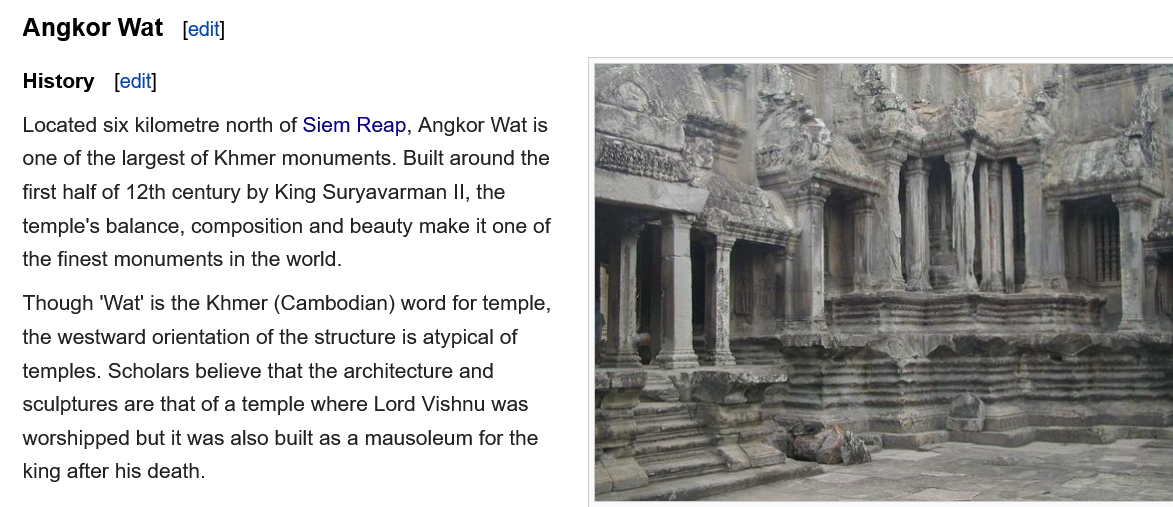
Angkor   Wat
   History
   Located six kilometre north of Siem Reap, Angkor Wat is
   one of the largest of Khmer monuments. Built around the
   first half of 12th century by King Suryavarman II, the
   temple's balance, composition and beauty make it one of
   the finest monuments in the world.
   Though ‘Wat' is the Khmer (Cambodian) word for temple,
   the westward orientation of the structure is atypical of
   temples. Scholars believe that the architecture and
   sculptures are that of a temple where Lord Vishnu was
   worshipped but it was also built as a mausoleum for the
   king after his death.
     [edit]
     [edit]